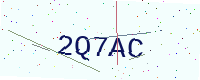
Text: 2Q7AC